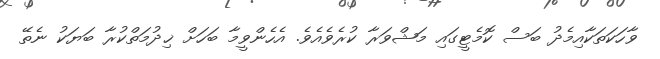
ވާހަކަތަކާއިމެދު ބަސް ކޮމެޓީގައި މަޝްވަރާ ކުރެވެއެވެ. އެހެންވީމާ ބަހަށް ޚިދުމަތްކުރާ ބަޔަކު ނެތޭ